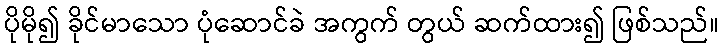
ပိုမို၍ ခိုင်မာသော ပုံဆောင်ခဲ အကွက် တွယ် ဆက်ထား၍ ဖြစ်သည်။